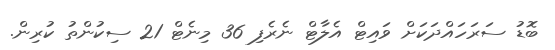
ބޮޑު ސަރަހައްދަކަށް ވައިޓް އެލާޓް ނެރެފި 36 މިނެޓް 21 ސިކުންތު ކުރިން.